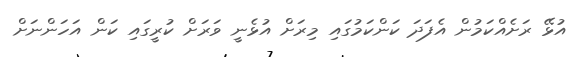
އުޅޭ ރަށެއްކަމުން އެފަދަ ކަންކަމުގައި މިރަށް އުޅެނީ ވަރަށް ކުރީގައި ކަން އަހަންނަށް